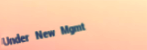
Under New Mgmt